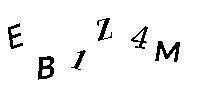
EB1Z4M